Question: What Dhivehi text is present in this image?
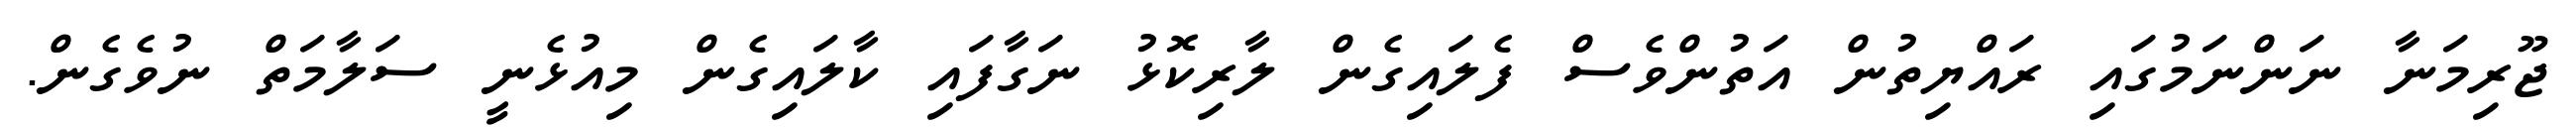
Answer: ޖޫރިމަނާ ނަންނަމުގައި ރައްޔިތުން އަތުންވެސް ފެލައިގެން ލާރިކޮޅު ނަގާފައި ކާލައިގެން މިއުޅެނީ ސަލާމަތް ނުވެގެން.